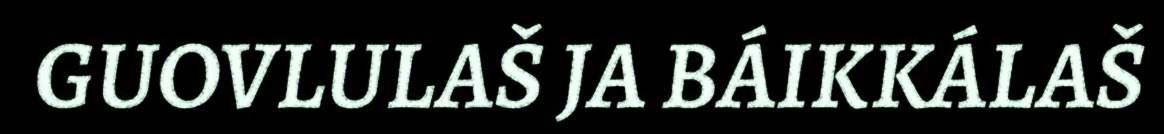
GUOVLULAŠ JA BÁIKKÁLAŠ